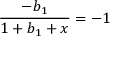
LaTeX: { \frac { - b _ { 1 } } { 1 + b _ { 1 } + x } } = - 1